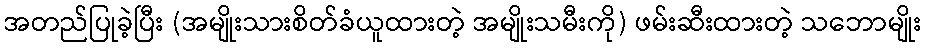
အတည်ပြုခဲ့ပြီး (အမျိုးသားစိတ်ခံယူထားတဲ့ အမျိုးသမီးကို) ဖမ်းဆီးထားတဲ့ သဘောမျိုး